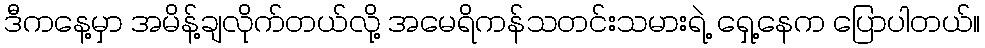
ဒီကနေ့မှာ အမိန့်ချလိုက်တယ်လို့ အမေရိကန်သတင်းသမားရဲ့ ရှေ့နေက ပြောပါတယ်။